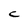
Character: C